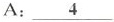
A: \underline{4}